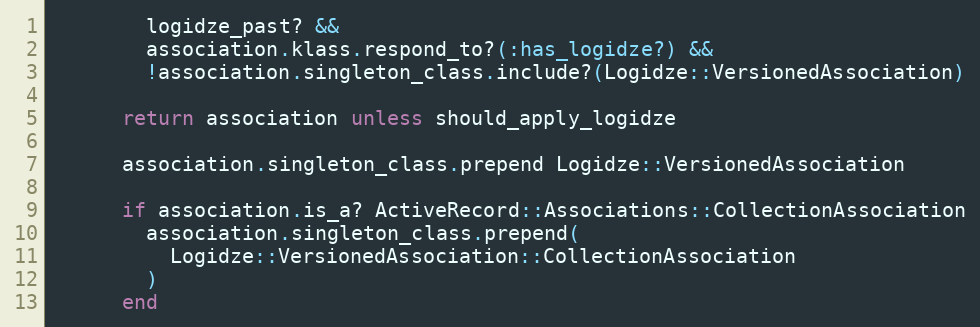
Language: Ruby
        logidze_past? &&
        association.klass.respond_to?(:has_logidze?) &&
        !association.singleton_class.include?(Logidze::VersionedAssociation)

      return association unless should_apply_logidze

      association.singleton_class.prepend Logidze::VersionedAssociation

      if association.is_a? ActiveRecord::Associations::CollectionAssociation
        association.singleton_class.prepend(
          Logidze::VersionedAssociation::CollectionAssociation
        )
      end